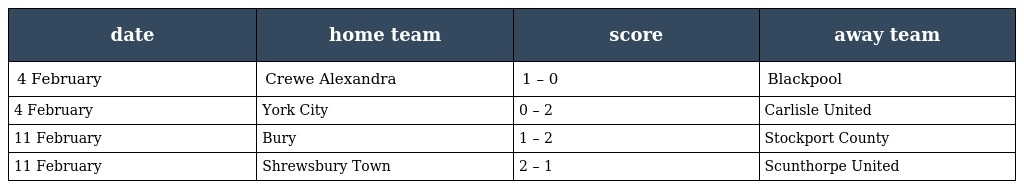
| date | home team | score | away team |
 | --- | --- | --- | --- |
 | 4 February | Crewe Alexandra | 1 – 0 | Blackpool |
 | 4 February | York City | 0 – 2 | Carlisle United |
 | 11 February | Bury | 1 – 2 | Stockport County |
 | 11 February | Shrewsbury Town | 2 – 1 | Scunthorpe United |